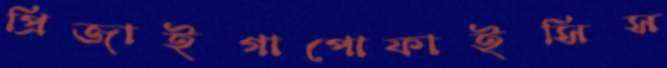
প্রিজাইগাপোফাইসিস